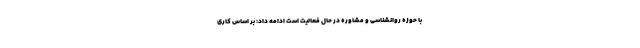
با حوزه روانشناسی و مشاوره در حال فعالیت است ادامه داد: بر اساس کاری